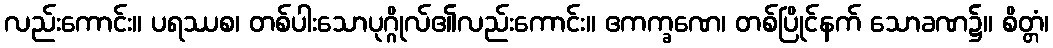
လည်းကောင်း။ ပရဿစ၊ တစ်ပါးသောပုဂ္ဂိုလ်၏လည်းကောင်း။ ဧကက္ခဏေ၊ တစ်ပြိုင်နက် သောခဏ၌။ စိတ္တံ၊